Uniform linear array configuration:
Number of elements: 4
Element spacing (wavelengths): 0.75
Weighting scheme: cosine
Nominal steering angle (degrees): -60
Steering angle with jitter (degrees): -59.883
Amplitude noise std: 0.05
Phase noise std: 0.05

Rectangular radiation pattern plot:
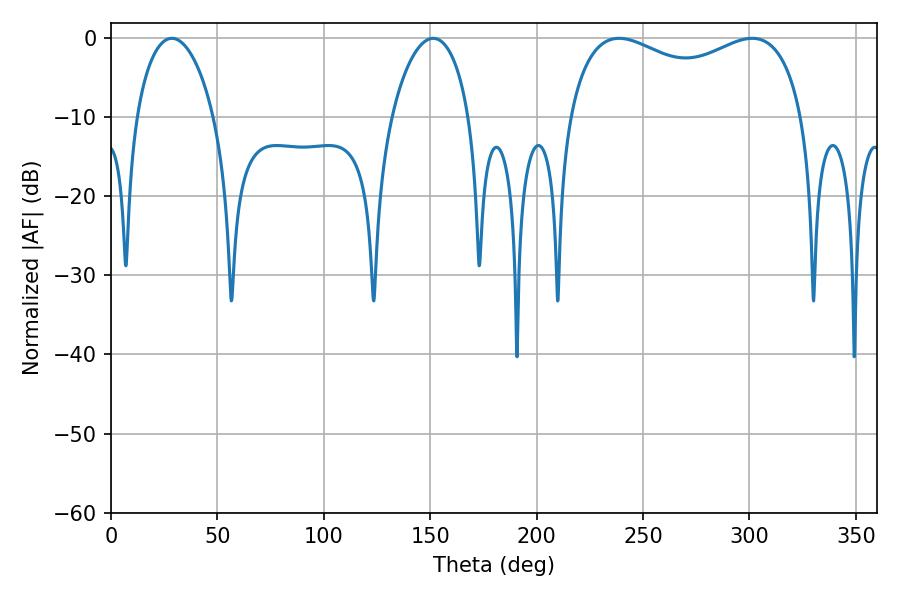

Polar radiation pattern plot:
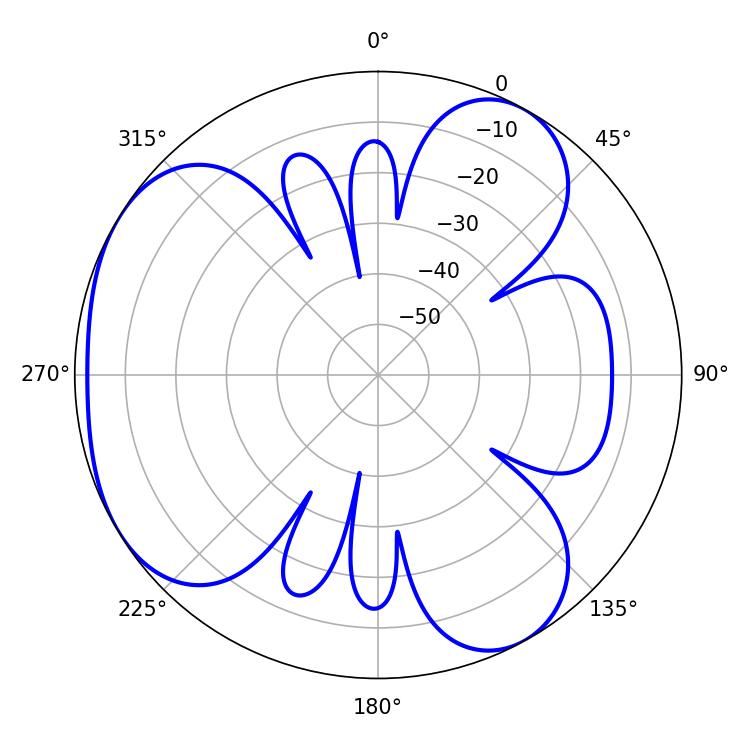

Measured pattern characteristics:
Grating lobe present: TRUE
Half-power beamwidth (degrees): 20.7
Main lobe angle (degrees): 28.62